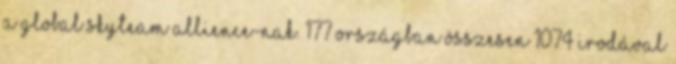
a Global SkyTeam Allience-nak. 177 országban összesen 1074 irodával